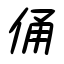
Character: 俑